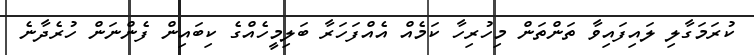
ކުރަމަގާލި ލައިފައިވާ ތަންތަން މިހުރިހާ ކަމެއް އެއްފަހަރާ ބަލިމީހެއްގެ ކިބައިން ފެންނަން ހުރެދާނެ